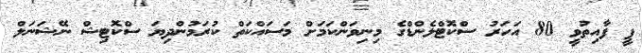
ޕީ ފާއިތުވީ 80 އަހަރު ސްކޮޓްލެންޑްގެ މިނިވަންކަމަށް މަސައްކަތް ކުރަމުންދިޔަ ސްކޮޓިޝް ނޭޝަނަލް